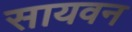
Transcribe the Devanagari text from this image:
सायवन